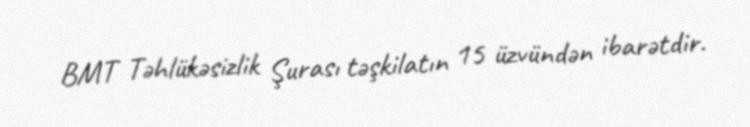
BMT Təhlükəsizlik Şurası təşkilatın 15 üzvündən ibarətdir.